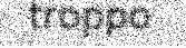
troppo